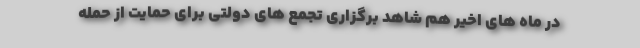
در ماه های اخیر هم شاهد برگزاری تجمع های دولتی برای حمایت از حمله